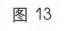
图 13